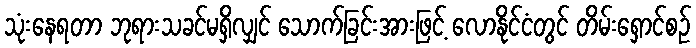
သုံးနေရတာ ဘုရားသခင်မရှိလျှင် သောက်ခြင်းအားဖြင့် လောနိုင်ငံတွင် တိမ်းရှောင်စဉ်